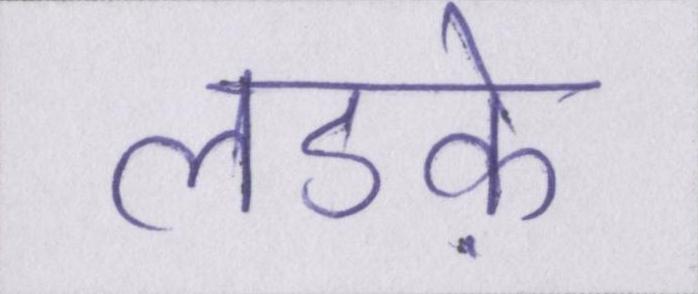
लडक़े